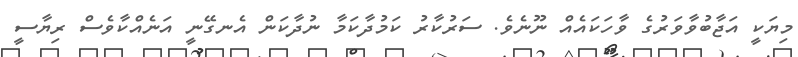
މިޔަކީ އަޖާބުވާވަރުގެ ވާހަކައެއް ނޫނެވެ. ސަރުކާރު ކަމުދާކަމާ ނުދާކަން އެނގޭނީ އަނެއްކާވެސް ރިޔާސީ